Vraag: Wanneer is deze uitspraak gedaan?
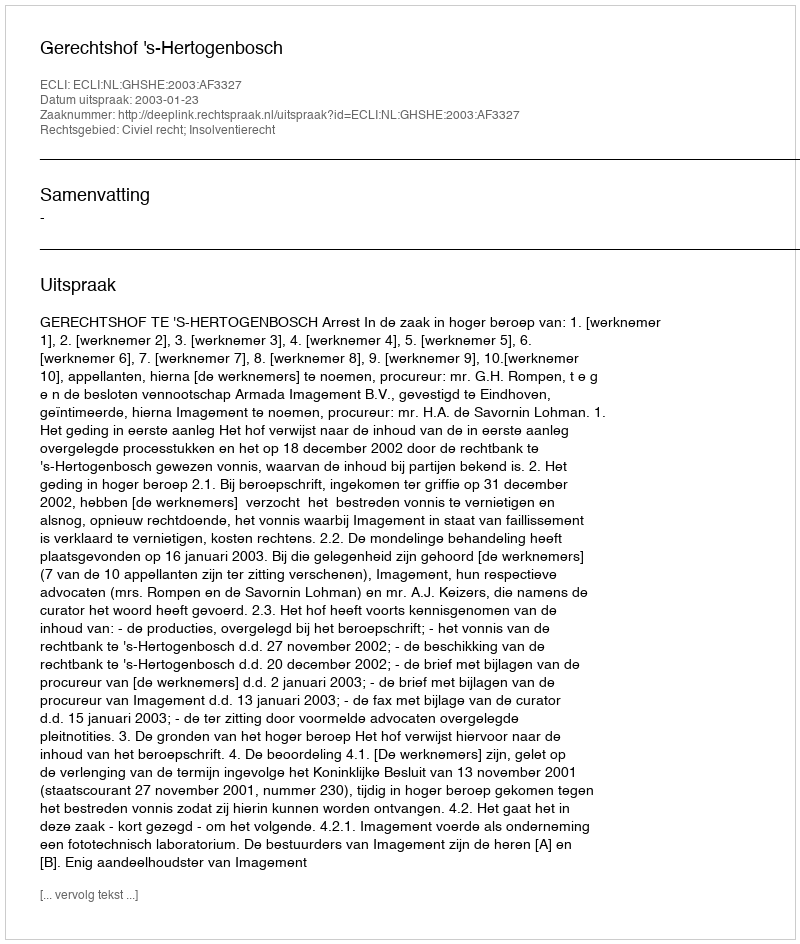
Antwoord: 2003-01-23